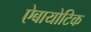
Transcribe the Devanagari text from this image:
ऐबायोटिक